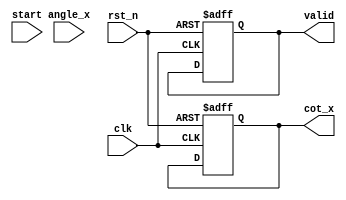
module cotangent (
    input  wire [15:0] angle_x,     // Input angle in radians (fixed-point, 16-bit)
    input  wire        clk,          // Clock signal
    input  wire        rst_n,        // Active low reset
    input  wire        start,        // Start signal to initiate computation
    output reg  [15:0] cot_x,        // Cotangent output (fixed-point, 16-bit)
    output reg         valid          // Output valid signal
);

    reg [15:0] tan_x;               // Tangent output (fixed-point, 16-bit)
    reg        tan_valid;            // Tangent valid signal
    reg        state;                // State variable for FSM
    reg [1:0] count;                // Counter for computation stages

    // Constants
    localparam PI = 16'h3243;       // Approximation of  in fixed-point
    localparam PI_OVER_2 = 16'h1922; // Approximation of /2 in fixed-point

    // State machine for computation
    always @(posedge clk or negedge rst_n) begin
        if (!rst_n) begin
            state <= 0;
            count <= 0;
            cot_x <= 0;
            valid <= 0;
            tan_valid <= 0;
        end else begin
            case (state)
                0: begin // IDLE state
                    if (start) begin
                        // Normalize angle to range [0, 2]
                        if (angle_x >= 2 * PI) begin
                            angle_x <= angle_x - 2 * PI;
                        end else if (angle_x < 0) begin
                            angle_x <= angle_x + 2 * PI;
                        end
                        state <= 1; // Go to tangent calculation
                    end
                end
                1: begin // Calculate tangent
                    // Simple approximation for tangent (for demonstration)
                    if (angle_x < PI_OVER_2) begin
                        tan_x <= angle_x; // tan(x)  x for small x
                    end else begin
                        tan_x <= 16'hFFFF; // Approximation for large angle (tan(x) = )
                    end
                    tan_valid <= 1;
                    state <= 2; // Go to reciprocal calculation
                end
                2: begin // Calculate cotangent
                    if (tan_valid) begin
                        if (tan_x != 0) begin
                            cot_x <= 16'h10000 / tan_x; // cot(x) = 1/tan(x)
                        end else begin
                            cot_x <= 16'h7FFF; // Return a large value for cot(x) = 
                        end
                        valid <= 1; // Indicate output is valid
                        state <= 0; // Go back to IDLE
                    end
                end
            endcase
        end
    end

endmodule